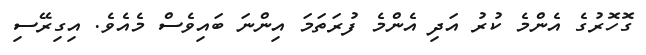
ގޮހޮރުގެ އެންމެ ކުރު އަދި އެންމެ ފުރަތަމަ އިންނަ ބައިވެސް މެއެވެ. އިގިރޭސި